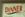
dinner